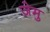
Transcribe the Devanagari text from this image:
ज़ेमु